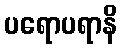
ပရောပရာနိ